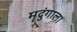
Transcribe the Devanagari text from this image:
मृदुंगाला